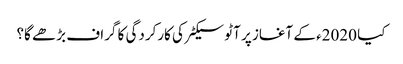
کیا 2020ء کے آغاز پر آٹو سیکٹر کی کارکردگی کا گراف بڑھے گا؟